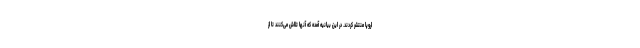
اروپا منتشر کردند. در این بیانیه آمده که آنها تلاش می‌کنند تا از